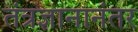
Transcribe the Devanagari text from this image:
तंत्रज्ञानानंतर